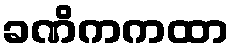
ခဏိကကထာ